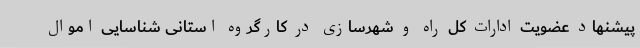
پیشنهاد عضویت ادارات کل راه و شهرسازی در کارگروه استانی شناسایی اموال